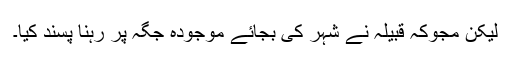
لیکن مجوکہ قبیلہ نے شہر کی بجائے موجودہ جگہ پر رہنا پسند کیا۔